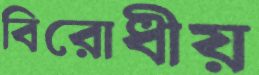
বিরোধীয়